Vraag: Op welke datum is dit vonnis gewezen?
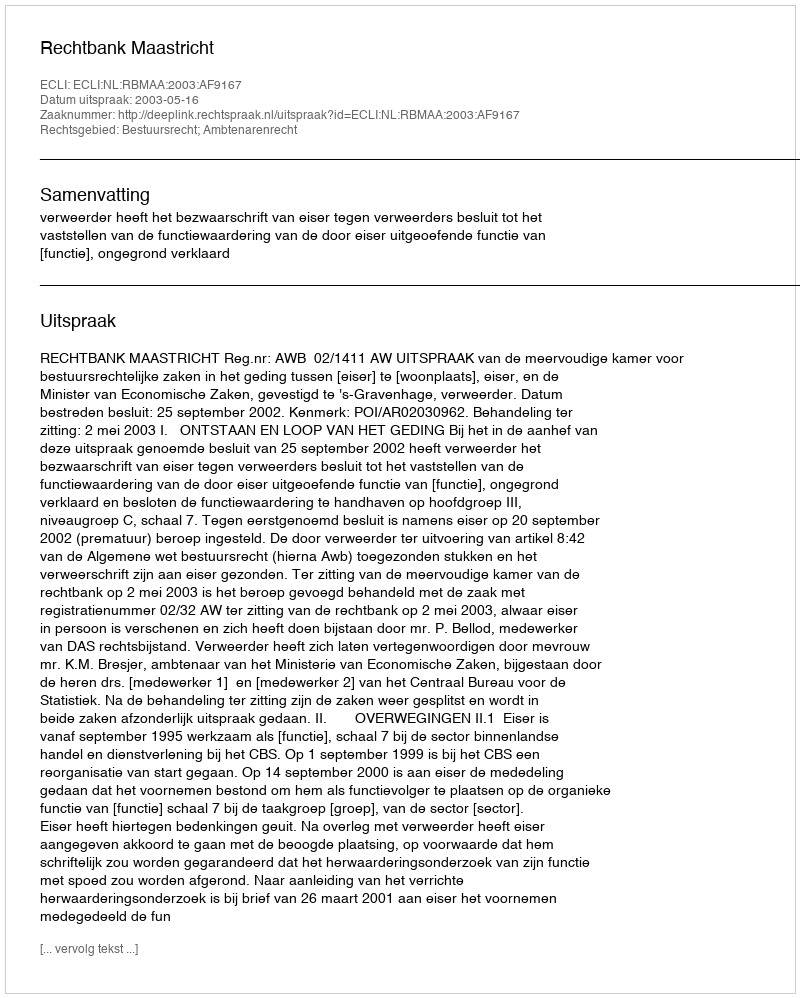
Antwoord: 2003-05-16